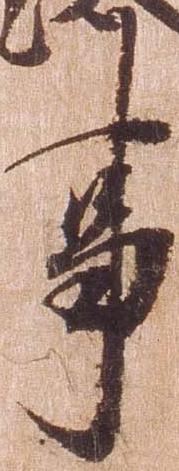
事